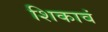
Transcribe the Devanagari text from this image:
शिकावं